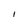
Character: I